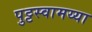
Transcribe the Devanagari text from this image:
पुट्टस्वामय्या